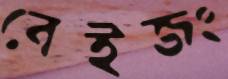
বেইজং